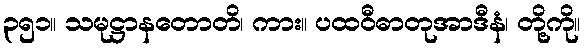
၃၅၁။ သမုဋ္ဌာနတောတိ၊ ကား။ ပထဝီဓာတုအာဒီနံ၊ တို့ကို။